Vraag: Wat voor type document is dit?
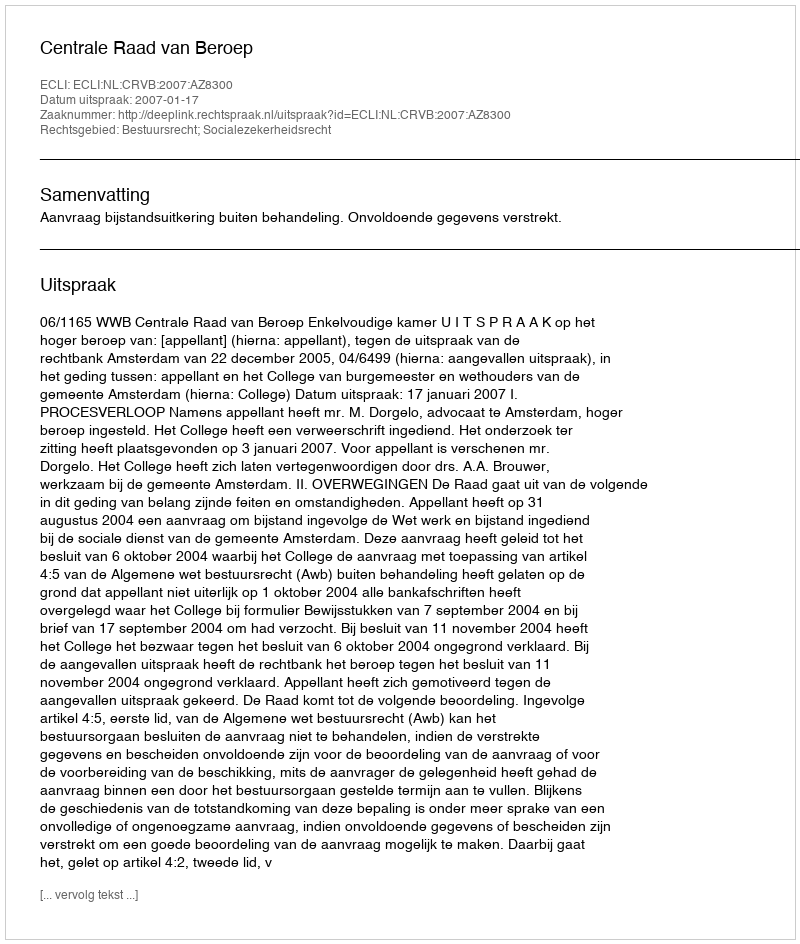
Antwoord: Uitspraak